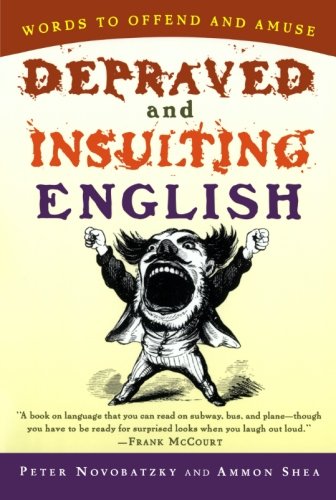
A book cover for Depraved and Insulting English; Peter Novobatzky; Reference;